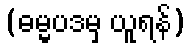
(ဓမ္မပဒမှ ယူရန်)